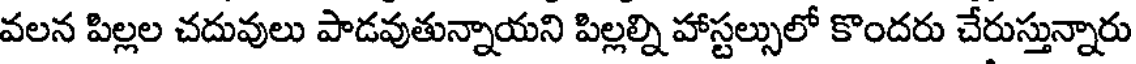
వలన పిల్లల చదువులు పాడవుతున్నాయని పిల్లల్ని హాస్టల్సులో కొందరు చేరుస్తున్నారు